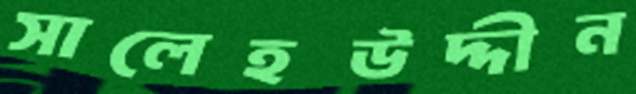
সালেহউদ্দীন